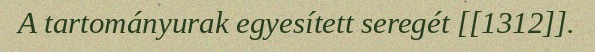
A tartományurak egyesített seregét [[1312]].